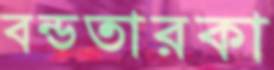
বন্ডতারকা